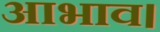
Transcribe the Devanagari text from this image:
आभाव।